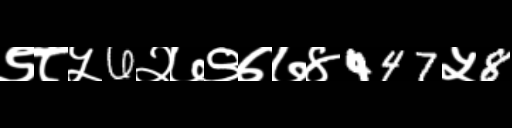
Text: ९८५6२७९७७४447५8